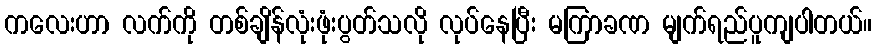
ကလေးဟာ လက်ကို တစ်ချိန်လုံးဖုံးပွတ်သလို လုပ်နေပြီး မကြာခဏ မျက်ရည်ပူကျပါတယ်။